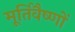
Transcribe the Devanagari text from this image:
मूर्तिवैष्णों